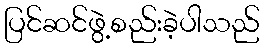
ပြင်ဆင်ဖွဲ့စည်းခဲ့ပါသည်